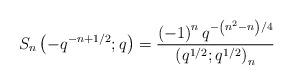
LaTeX: \begin{align*}S_{n}\left(-q^{-n+1/2};q\right)=\frac{\left(-1\right)^{n}q^{-\left(n^{2}-n\right)/4}}{\left(q^{1/2};q^{1/2}\right)_{n}}\end{align*}